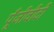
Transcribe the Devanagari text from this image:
पूँजीवीदी